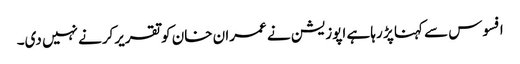
افسوس سے کہنا پڑ رہا ہے اپوزیشن نے عمران خان کوتقریرکرنے نہیں دی۔